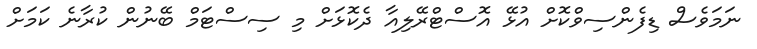
ނަމަވެސް ޑިފެންސިވްކޮށް އުޅޭ އޮސްޓްރޭލިއާ ދެކޮޅަށް މި ސިސްޓަމް ބޭނުން ކުރާނެ ކަމަށް